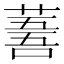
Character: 𦸭